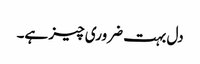
دل بہت ضروری چیز ہے۔